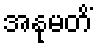
အနုမတိံ